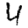
Digit: 4